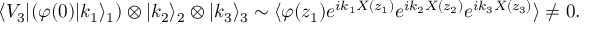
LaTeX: \langle V _ { 3 } | ( \varphi ( 0 ) | k _ { 1 } \rangle _ { 1 } ) \otimes | k _ { 2 } \rangle _ { 2 } \otimes | k _ { 3 } \rangle _ { 3 } \sim \langle \varphi ( z _ { 1 } ) e ^ { i k _ { 1 } X ( z _ { 1 } ) } e ^ { i k _ { 2 } X ( z _ { 2 } ) } e ^ { i k _ { 3 } X ( z _ { 3 } ) } \rangle \neq 0 .